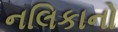
નલિકાનો